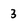
Character: 3